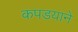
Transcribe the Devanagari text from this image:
कपडयाने